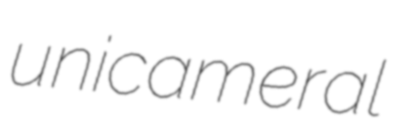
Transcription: unicameral